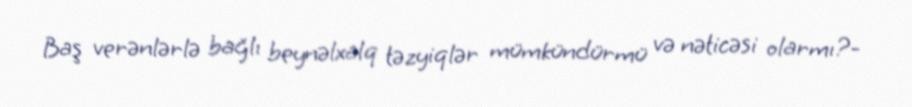
Baş verənlərlə bağlı beynəlxalq təzyiqlər mümkündürmü və nəticəsi olarmı?-